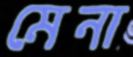
মেনা